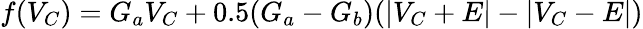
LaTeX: f(V_{C})=G_{a}V_{C}+0.5(G_{a}-G_{b})(|V_{C}+E|-|V_{C}-E|)